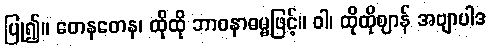
ပြု၍။ တေနတေန၊ ထိုထို ဘာဝနာဓမ္မဖြင့်။ ဝါ၊ ထိုထိုဈာန် အဗျာပါဒ